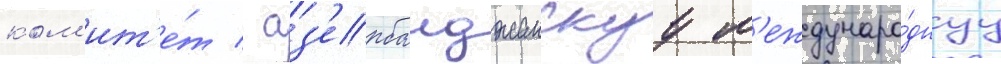
ком'ит'е́т / аз'ербаиджанскуу м'еждунаро́днуу